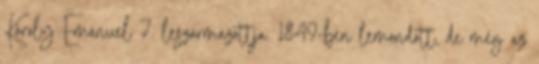
Károly Emánuel 7. leszármazottja. 1849-ben lemondott, de még az